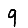
Digit: 9